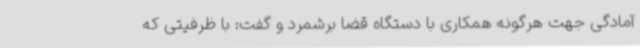
آمادگی جهت هرگونه همکاری با دستگاه قضا برشمرد و گفت: با ظرفیتی که